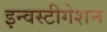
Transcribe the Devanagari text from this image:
इन्वस्टीगेशन